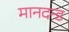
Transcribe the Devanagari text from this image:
मानदन्ड